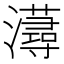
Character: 𤃂